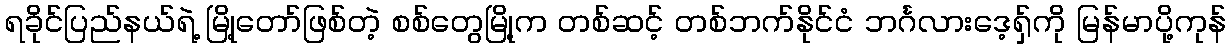
ရခိုင်ပြည်နယ်ရဲ့ မြို့တော်ဖြစ်တဲ့ စစ်တွေမြို့က တစ်ဆင့် တစ်ဘက်နိုင်ငံ ဘင်္ဂလားဒေ့ရှ်ကို မြန်မာပို့ကုန်